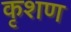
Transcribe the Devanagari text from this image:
कृशण